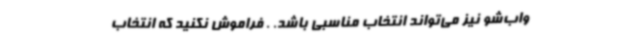
واب‌شو نیز می‌تواند انتخاب مناسبی باشد. . فراموش نکنید که انتخاب